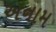
અનામ